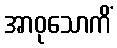
အာဝုသောကိံ